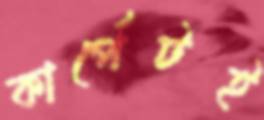
কার্পেটই